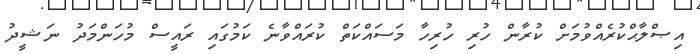
އިޞްލާޙްކުރެއްވުމަށް ކުރާން ހުރި ހުރިހާ މަސައްކަތް ކުރައްވާނެ ކަމުގައި ރައީސް މުހަންމަދު ނަޝީދު